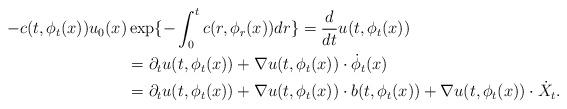
LaTeX: \begin{align*}-c(t,\phi_t(x)) u_0(x) &\exp\{ -\int_0^t c(r,\phi_r(x))dr \} = \frac{d}{dt} u(t,\phi_t(x)) \\ & = \partial_t u(t,\phi_t(x)) + \nabla u(t,\phi_t(x)) \cdot \dot{\phi}_t(x) \\ & = \partial_t u(t,\phi_t(x)) + \nabla u(t,\phi_t(x)) \cdot b(t,\phi_t(x)) + \nabla u(t,\phi_t(x)) \cdot \dot{X}_t .\end{align*}